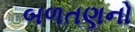
બળતણનો